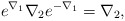
\begin{align*}e^{\nabla_1}\nabla_2e^{-\nabla_1}=\nabla_2,\end{align*}